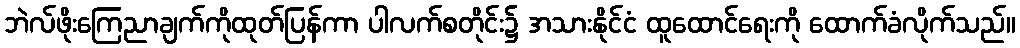
ဘဲလ်ဖိုးကြေညာချက်ကိုထုတ်ပြန်ကာ ပါလက်စတိုင်း၌ အသားနိုင်ငံ ထူထောင်ရေးကို ထောက်ခံလိုက်သည်။